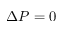
\Delta P = 0